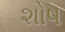
શોષ